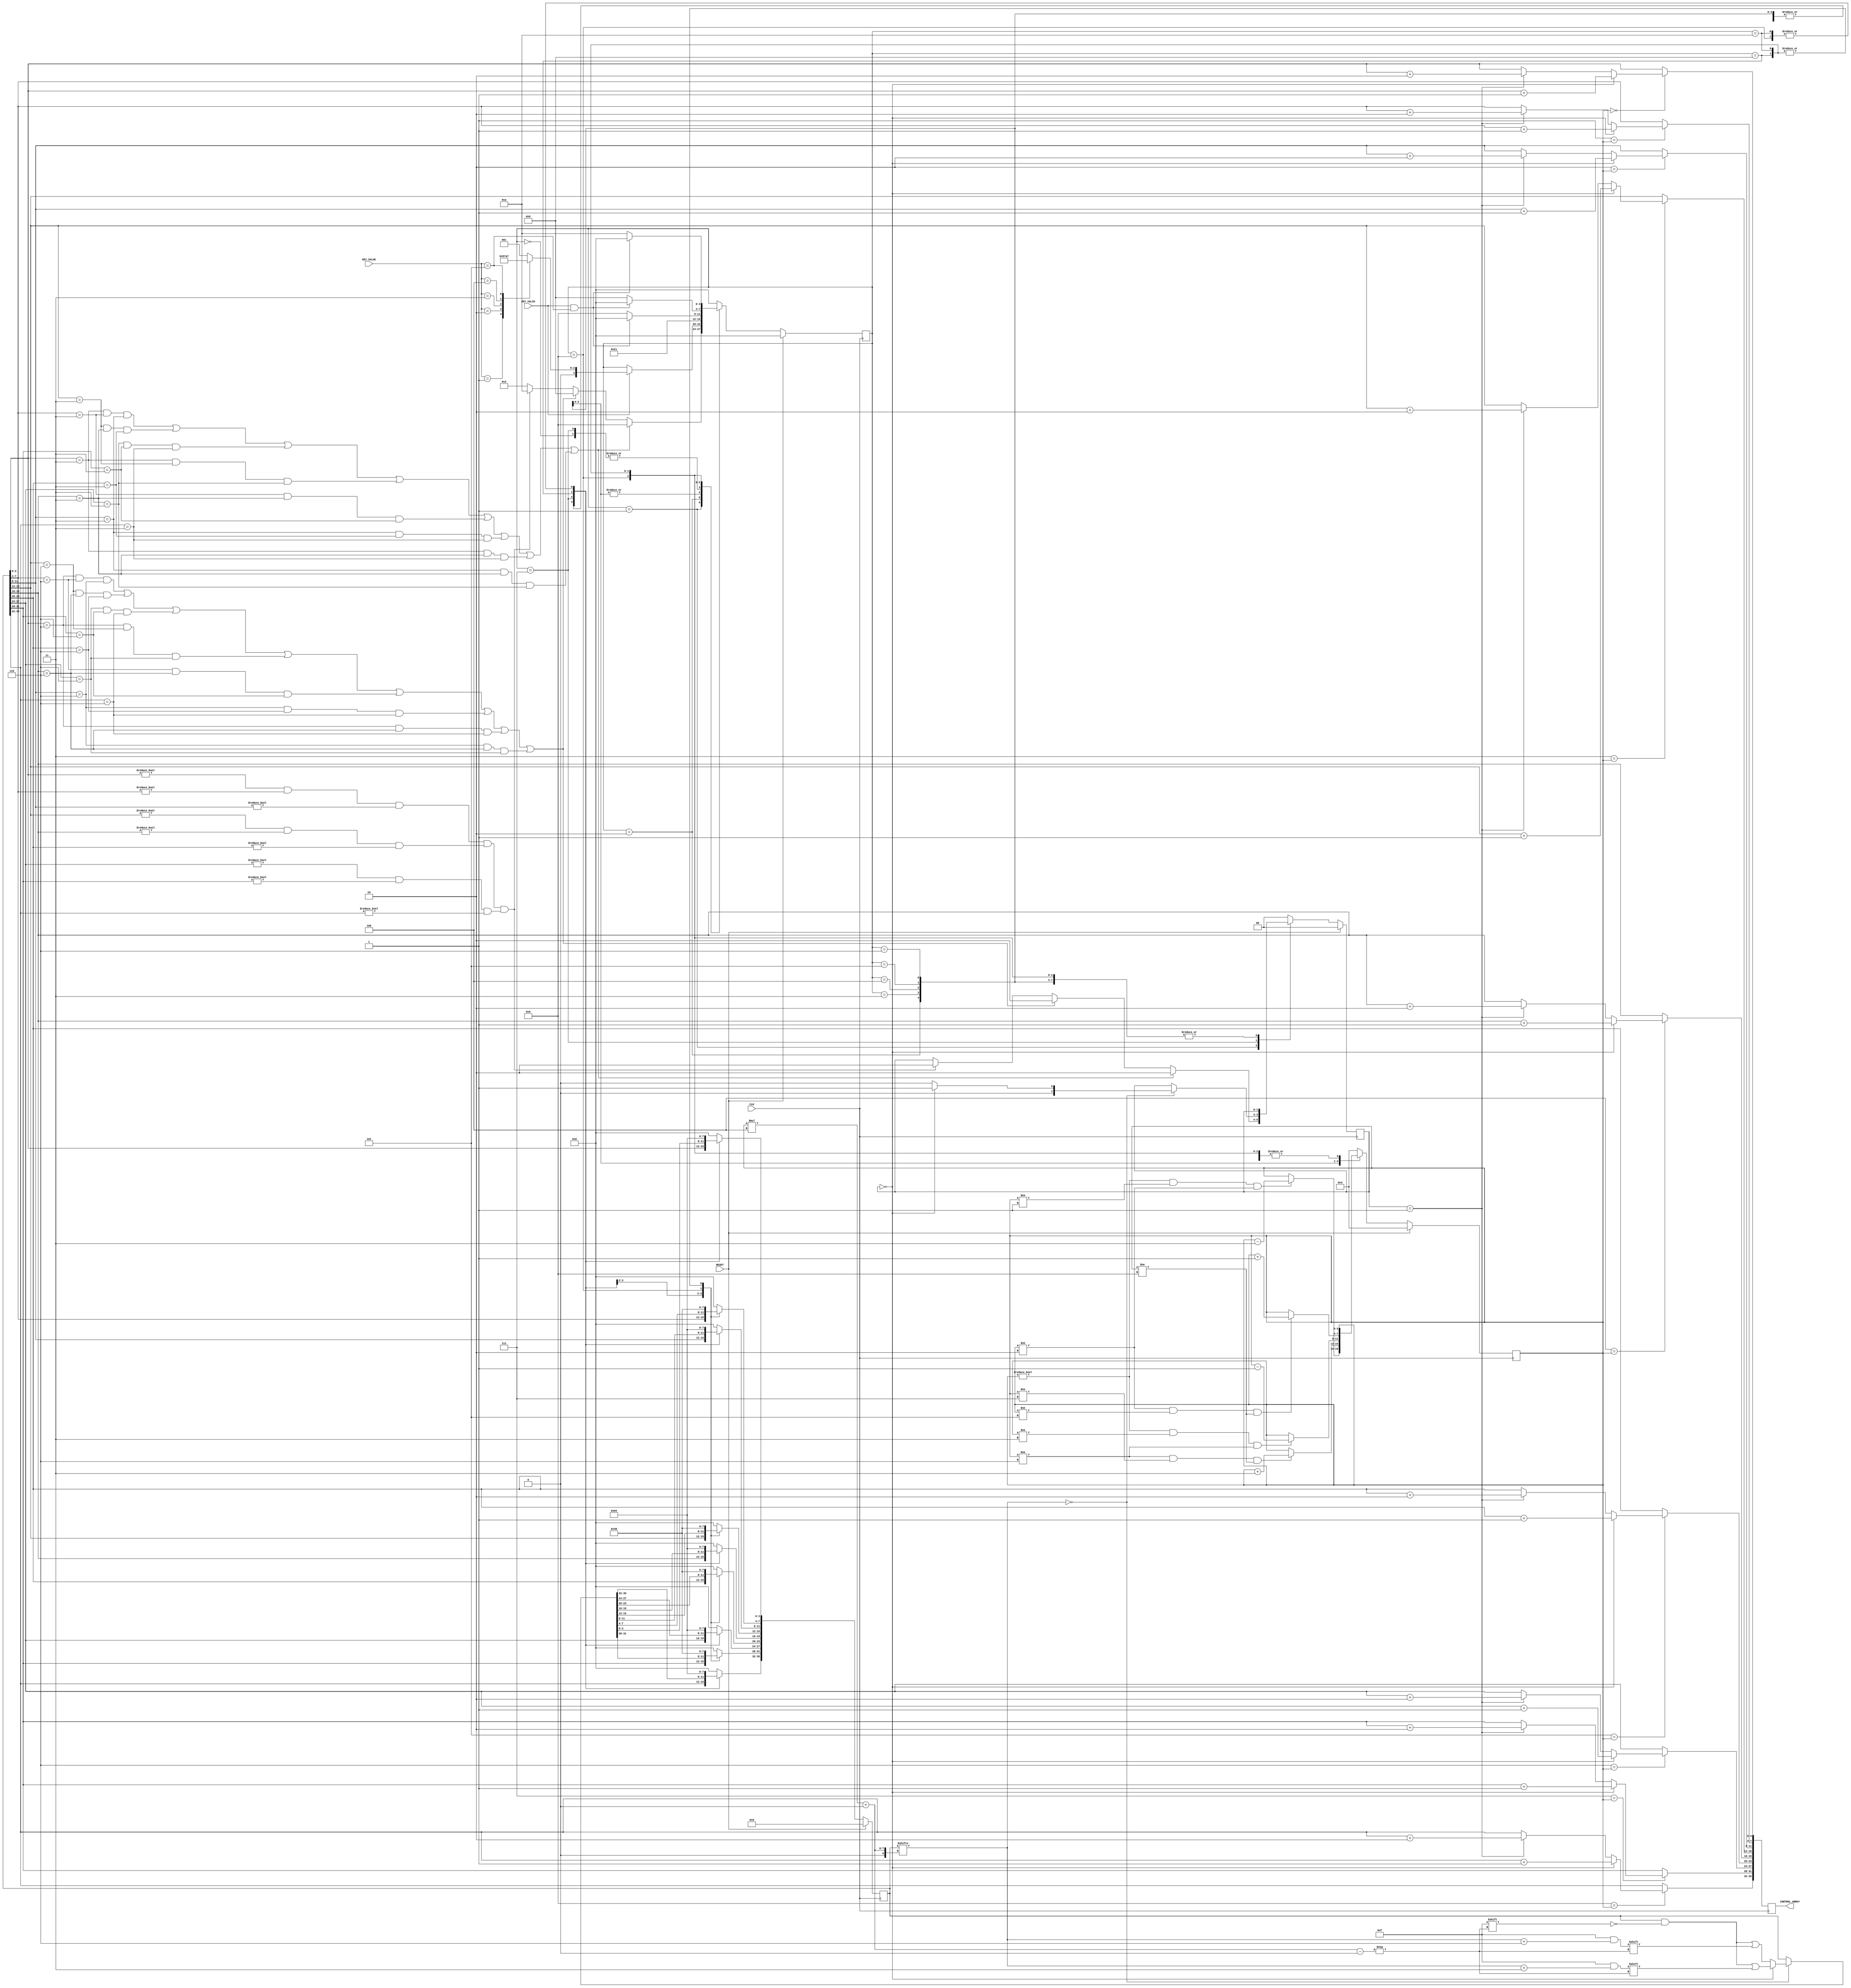
`timescale 1ns/1ps

module Game_FSM(
	input                CLK,
	input                RESET,
	input      [2:0]     KEY_VALUE,
	input                KEY_VALID,
	output reg [4*9-1:0] CONTROL_ARRAY
);

reg [1:0] cross_circle_flag = 0;
reg [4*9-1:0] game_plane = 36'h000000000;
reg [3:0] current_position = 4;
reg [3:0] FSM_State = 0;

integer idx; 

//    
always @(posedge CLK)
begin
	if (RESET) begin 
		cross_circle_flag <= 0;
		game_plane <= 36'h000000000;
		current_position <= 4;
		FSM_State <= 0;
	end 
	else
		case(FSM_State)
			//  ,    
			0: begin
				cross_circle_flag <= 0;
				game_plane <= 36'h000000000;
				current_position <= 4;
				FSM_State <= 1;
			end
			
			//    
			1: begin
				//  
				if(
				(game_plane[0*4+:4] == 3 && game_plane[1*4+:4] == 3 && game_plane[2*4+:4] == 3) ||
				(game_plane[3*4+:4] == 3 && game_plane[4*4+:4] == 3 && game_plane[5*4+:4] == 3) ||
				(game_plane[6*4+:4] == 3 && game_plane[7*4+:4] == 3 && game_plane[8*4+:4] == 3) ||
				(game_plane[0*4+:4] == 3 && game_plane[3*4+:4] == 3 && game_plane[6*4+:4] == 3) ||
				(game_plane[1*4+:4] == 3 && game_plane[4*4+:4] == 3 && game_plane[7*4+:4] == 3) ||
				(game_plane[2*4+:4] == 3 && game_plane[5*4+:4] == 3 && game_plane[8*4+:4] == 3) ||
				(game_plane[0*4+:4] == 3 && game_plane[4*4+:4] == 3 && game_plane[8*4+:4] == 3) ||
				(game_plane[2*4+:4] == 3 && game_plane[4*4+:4] == 3 && game_plane[6*4+:4] == 3) 
				) begin 
					FSM_State <= 8;
					cross_circle_flag <= 2;
				end
				
				//  
				else if(
				(game_plane[0*4+:4] == 6 && game_plane[1*4+:4] == 6 && game_plane[2*4+:4] == 6) ||
				(game_plane[3*4+:4] == 6 && game_plane[4*4+:4] == 6 && game_plane[5*4+:4] == 6) ||
				(game_plane[6*4+:4] == 6 && game_plane[7*4+:4] == 6 && game_plane[8*4+:4] == 6) ||
				(game_plane[0*4+:4] == 6 && game_plane[3*4+:4] == 6 && game_plane[6*4+:4] == 6) ||
				(game_plane[1*4+:4] == 6 && game_plane[4*4+:4] == 6 && game_plane[7*4+:4] == 6) ||
				(game_plane[2*4+:4] == 6 && game_plane[5*4+:4] == 6 && game_plane[8*4+:4] == 6) ||
				(game_plane[0*4+:4] == 6 && game_plane[4*4+:4] == 6 && game_plane[8*4+:4] == 6) ||
				(game_plane[2*4+:4] == 6 && game_plane[4*4+:4] == 6 && game_plane[6*4+:4] == 6) 
				) begin
					FSM_State <= 9;
					cross_circle_flag <= 2;
				end
				
				// 
				else if(
				(game_plane[0*4+:4] != 0 && game_plane[1*4+:4] != 0 && game_plane[2*4+:4] != 0) &&
				(game_plane[3*4+:4] != 0 && game_plane[4*4+:4] != 0 && game_plane[5*4+:4] != 0) &&
				(game_plane[6*4+:4] != 0 && game_plane[7*4+:4] != 0 && game_plane[8*4+:4] != 0) 
				) begin
					FSM_State <= 10;
					cross_circle_flag <= 2;
				end
				
				//   
				else
					FSM_State <= 2;
					
			end
			
			//    
			2: begin 
				if(KEY_VALID)
					case(KEY_VALUE)
						1:			 FSM_State <= 5;
						2: 		 FSM_State <= 3;
						3: 		 FSM_State <= 6;
						4:			 FSM_State <= 4;
						5:			 FSM_State <= 7;
						default : FSM_State <= 1;
					endcase
			end
			
			//  
			3: begin 
				if (current_position != 0 &&
					 current_position != 1 &&
					 current_position != 2)
					 current_position <= current_position - 3;
				FSM_State <= 2;	 
			end
			
			//  
			4: begin 
				if (current_position != 6 &&
					 current_position != 7 &&
					 current_position != 8)
					 current_position <= current_position + 3;
				FSM_State <= 2;	 
			end
			
			//  
			5: begin 
				if (current_position != 0 &&
					 current_position != 3 &&
					 current_position != 6)
					 current_position <= current_position - 1;
				FSM_State <= 2;
			end
			
			//  
			6: begin
				if (current_position != 2 &&
					 current_position != 5 &&
					 current_position != 8)
					 current_position <= current_position + 1;
				FSM_State <= 2;	
			
			end
			
			//  
			7: begin 
				if (game_plane[current_position*4+:4] == 0)
					if (cross_circle_flag == 0) begin
						game_plane[current_position*4+:4] <= game_plane[current_position*4+:4] + 3;
						cross_circle_flag <= 1;
						FSM_State <= 1;
					end
					else begin
						game_plane[current_position*4+:4] <= game_plane[current_position*4+:4] + 6;
						cross_circle_flag <= 0;
						FSM_State <= 1;
					end
				else
					FSM_State <= 1;	
			end
			
			//  
			8: begin 
				for(idx=0; idx<9; idx=idx+1)
					game_plane[idx*4+:4] <= 4;
					
				//       	
				if (KEY_VALID && KEY_VALUE == 5)
					FSM_State <= 0;
				else
					FSM_State <= 8;
			end
			
			//  
			9: begin 
				for(idx=0; idx<9; idx=idx+1)
					game_plane[idx*4+:4] <= 8;
					
				//       	
				if (KEY_VALID && KEY_VALUE == 5)
					FSM_State <= 0;
				else
					FSM_State <= 9;
			end
			
			// 
			10: begin 
				for(idx=0; idx<9; idx=idx+2)
					game_plane[idx*4+:4] <= 4;
					
				for(idx=1; idx<9; idx=idx+2)
					game_plane[idx*4+:4] <= 8;	
					
				//       	
				if (KEY_VALID && KEY_VALUE == 5)
					FSM_State <= 0;
				else
					FSM_State <= 10;
			end
			
			//  
			default: begin
				cross_circle_flag <= 0;
				game_plane <= 36'h000000000;
				current_position <= 4;
				FSM_State <= 0;
			end
		endcase
end

//   
always @(posedge CLK)
	for(idx=0; idx<9; idx=idx+1)
		if(idx == current_position)
			//    
			if(cross_circle_flag == 0)
				CONTROL_ARRAY[idx*4+:4] <= game_plane[idx*4+:4] + 1;
			//    
			else if(cross_circle_flag == 1)
				CONTROL_ARRAY[idx*4+:4] <= game_plane[idx*4+:4] + 2;
			else
				CONTROL_ARRAY[idx*4+:4] <= game_plane[idx*4+:4];
		else
			//   
			CONTROL_ARRAY[idx*4+:4] <= game_plane[idx*4+:4];

endmodule